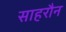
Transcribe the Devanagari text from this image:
साहरौन